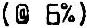
(@ 6%)